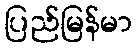
ပြည်မြန်မာ